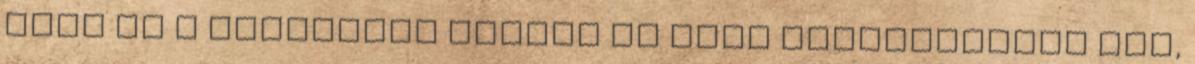
vált be a Bahreinbe elvitt új első légterelőjük sem,